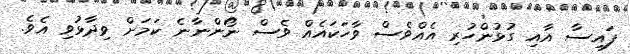
ފައިސާ އާއި ގުޅުންހުރި އެއްވެސް ވާހަކައެއް ވެސް ނޯންނާނެ ކަމަށް ވިދާޅުވި އެވެ.